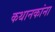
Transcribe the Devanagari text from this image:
कथानकांना